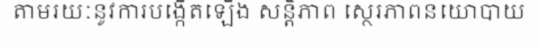
តាមរយៈនូវការបង្កើតឡើង សន្តិភាព ស្ថេរភាពនយោបាយ